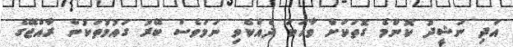
އަދި ނަޝީދު ކޮންމެ ގޮތަކަށް ވާހަކަ ދެއްކެވި ނަމަވެސް ބޭރު ގައުމުތަކުން ރާއްޖޭގެ